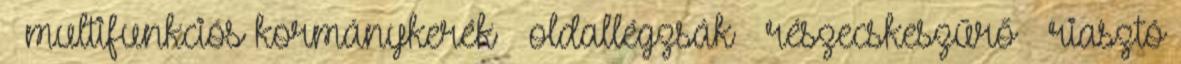
– multifunkciós kormánykerék – oldallégzsák – részecskeszűrő – riasztó